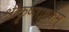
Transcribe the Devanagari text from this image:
श्रीकृष्णाष्टकम्‌